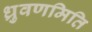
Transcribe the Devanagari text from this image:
ध्रुवणमिति